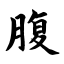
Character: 腹